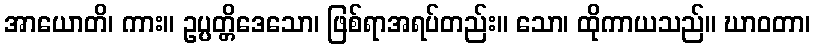
အာယောတိ၊ ကား။ ဥပ္ပတ္တိဒေသော၊ ဖြစ်ရာအရပ်တည်း။ သော၊ ထိုကာယသည်။ ဃာဝတာ၊